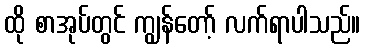
ထို စာအုပ်တွင် ကျွန်တော့် လက်ရာပါသည်။